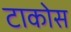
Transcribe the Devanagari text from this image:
टाकोस